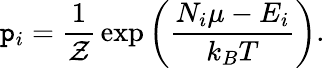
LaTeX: \mathtt{p}_{i}={\frac{{1}}{{\mathcal{{Z}}}}}\exp\left({\frac{{N_{i}\mu-E_{i}}}{{k_{B}T}}}\right).